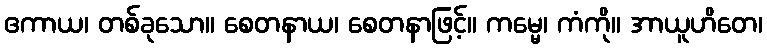
ဧကာယ၊ တစ်ခုသော။ စေတနာယ၊ စေတနာဖြင့်။ ကမ္မေ၊ ကံကို။ အာယူဟိတေ၊